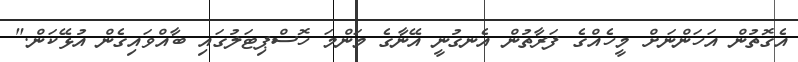
އެގޮތުން އަހަންނަށް މީހެއްގެ ފަރާތުން އެނގުނީ އޭނާގެ މަންމަ ހޮސްޕިޓަލުގައި ބާއްވައިގެން އުޅޭކަން."